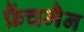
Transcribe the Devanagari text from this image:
फ्रैंचमैन